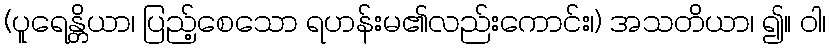
(ပူရေန္တိယာ၊ ပြည့်စေသော ရဟန်းမ၏လည်းကောင်း၊) အသတိယာ၊ ၍။ ဝါ၊